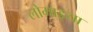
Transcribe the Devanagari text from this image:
लोमाइया